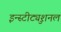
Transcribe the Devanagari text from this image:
इन्स्टीट्युशनल